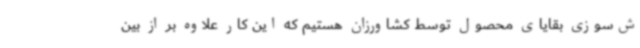
ش‌سوزی بقایای محصول توسط کشاورزان هستیم که این کار علاوه بر از بین